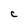
Character: C